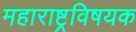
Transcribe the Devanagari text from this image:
महाराष्ट्रविषयक